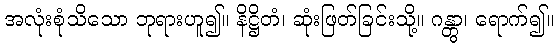
အလုံးစုံသိသော ဘုရားဟူ၍။ နိဋ္ဌိတံ၊ ဆုံးဖြတ်ခြင်းသို့။ ဂန္တွာ၊ ရောက်၍။